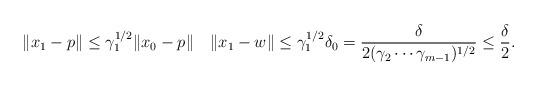
LaTeX: \begin{align*}\|x_1 - p\| \leq \gamma_1^{1/2}\|x_0 -p\|\quad\|x_1 -w\| \leq \gamma_1^{1/2}\delta_0 = \frac{\delta}{2(\gamma_2 \cdots \gamma_{m-1})^{1/2}}\leq \frac{\delta}{2}. \end{align*}